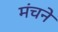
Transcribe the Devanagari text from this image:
मंचने